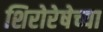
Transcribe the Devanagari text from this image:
शिरोरेषेच्या